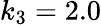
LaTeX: k_{3}=2.0